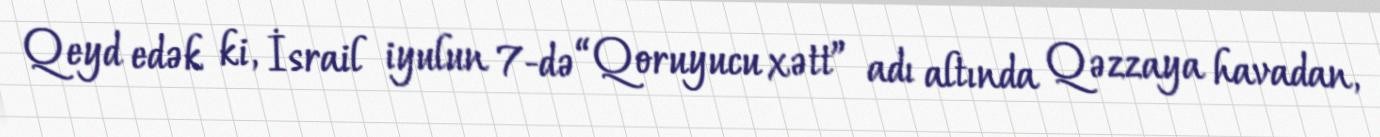
Qeyd edək ki, İsrail iyulun 7-də “Qoruyucu xətt” adı altında Qəzzaya havadan,